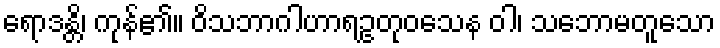
ရောဒန္တိ၊ ကုန်၏။ ဝိသဘာဂါဟာရဥတုဝသေန ဝါ၊ သဘောမတူသော